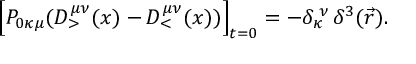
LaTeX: \Big [ P _ { 0 \kappa \mu } ( D _ { > } ^ { \mu \nu } ( x ) - D _ { < } ^ { \mu \nu } ( x ) ) \Big ] _ { t = 0 } = - \delta _ { \kappa } ^ { \; \nu } \, \delta ^ { 3 } ( \vec { r } ) .